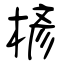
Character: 楌